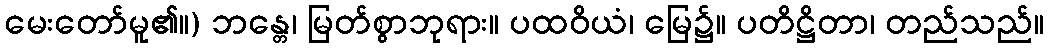
မေးတော်မူ၏။) ဘန္တေ၊ မြတ်စွာဘုရား။ ပထဝိယံ၊ မြေ၌။ ပတိဋ္ဌိတာ၊ တည်သည်။